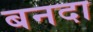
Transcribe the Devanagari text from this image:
बनदा